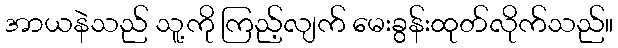
အာယနဲသည် သူ့ကို ကြည့်လျက် မေးခွန်းထုတ်လိုက်သည်။